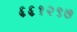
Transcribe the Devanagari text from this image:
६६१२९७